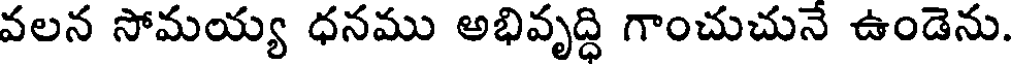
వలన సోమయ్య ధనము అభివృద్ధి గాంచుచునే ఉండెను.